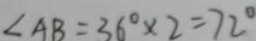
\angle A B = 3 6 ^ { \circ } \times 2 = 7 2 ^ { \circ }